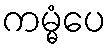
ကမ္မံပေ